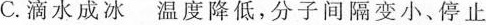
C.滴水成冰 温度降低，分子间隔变小、停止